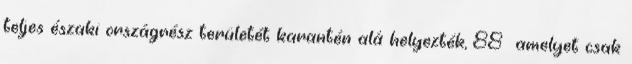
teljes északi országrész területét karantén alá helyezték, 88 amelyet csak